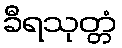
ခီရသုတ္တံ